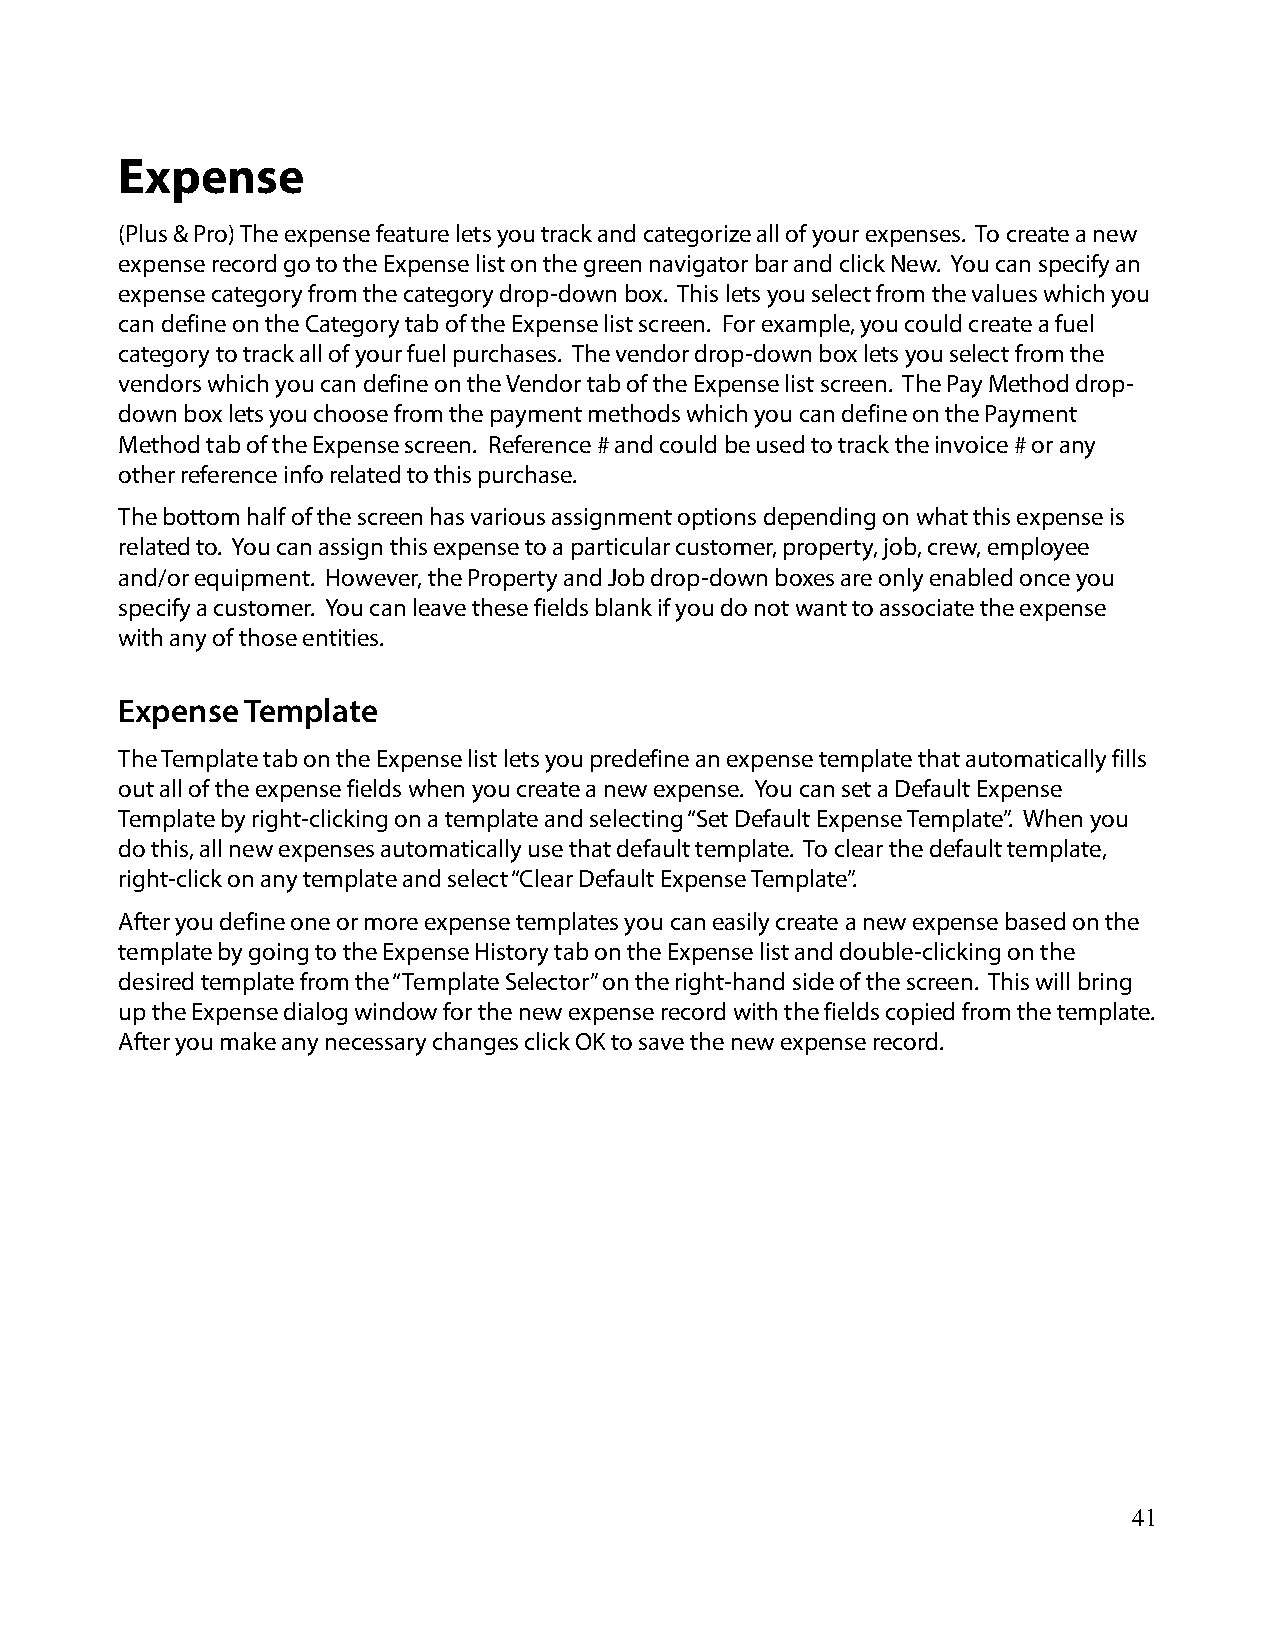
Expense
 (Plus & Pro) The expense feature lets you track and categorize all of your expenses. To create a new
 expense record go to the Expense list on the green navigator bar and click New. You can specify an
 expense category from the category drop-down box. This lets you select from the values which you
 can define on the Category tab of the Expense list screen. For example, you could create a fuel
 category to track all of your fuel purchases. The vendor drop-down box lets you select from the
 vendors which you can define on the Vendor tab of the Expense list screen. The Pay Method drop-
 down box lets you choose from the payment methods which you can define on the Payment
 Method tab of the Expense screen. Reference # and could be used to track the invoice # or any
 other reference info related to this purchase.
 The bottom half of the screen has various assignment options depending on what this expense is
 related to. You can assign this expense to a particular customer, property, job, crew, employee
 and/or equipment. However, the Property and Job drop-down boxes are only enabled once you
 specify a customer. You can leave these fields blank if you do not want to associate the expense
 with any of those entities.
 Expense Template
 The Template tab on the Expense list lets you predefine an expense template that automatically fills
 out all of the expense fields when you create a new expense. You can set a Default Expense
 Template by right-clicking on a template and selecting “Set Default Expense Template”. When you
 do this, all new expenses automatically use that default template. To clear the default template,
 right-click on any template and select “Clear Default Expense Template”.
 After you define one or more expense templates you can easily create a new expense based on the
 template by going to the Expense History tab on the Expense list and double-clicking on the
 desired template from the “Template Selector” on the right-hand side of the screen. This will bring
 up the Expense dialog window for the new expense record with the fields copied from the template.
 After you make any necessary changes click OK to save the new expense record.
 41